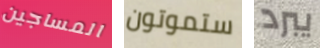
المساجين ستموتون يبرد